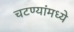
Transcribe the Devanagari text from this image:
चटण्यांमध्ये